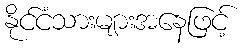
နိုင်ငံသားများအနေဖြင့်